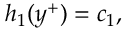
{ h } _ { 1 } ( y ^ { + } ) = c _ { 1 } ,